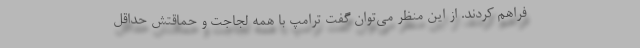
فراهم کردند. از این منظر می‌توان گفت ترامپ با همه لجاجت و حماقتش حداقل